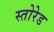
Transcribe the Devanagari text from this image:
स्तोरेड